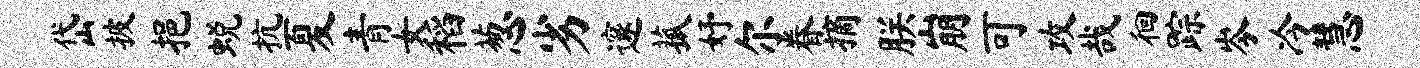
岱披挹蜕抗夏青女稻葱劣邃菰妤尔眷摘朕崩可攻哉徊踪岑冷慧